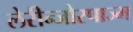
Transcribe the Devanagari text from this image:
लेरीन्जोस्पाज्म